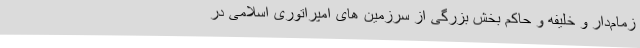
زمام‌دار و خلیفه و حاکم بخش بزرگی از سرزمین های امپراتوری اسلامی در